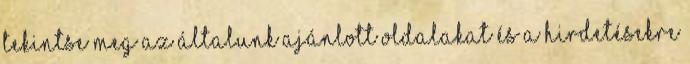
Tekintse meg az általunk ajánlott oldalakat és a hirdetésekre